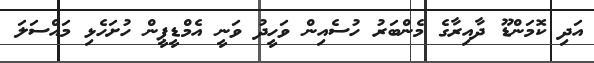
އަދި ކޮމަންޑޫ ދާއިރާގެ މެންބަރު ހުސެއިން ވަހީދު ވަނީ އެމްޑީޕީން ހުށަހެޅި މައްސަލަ